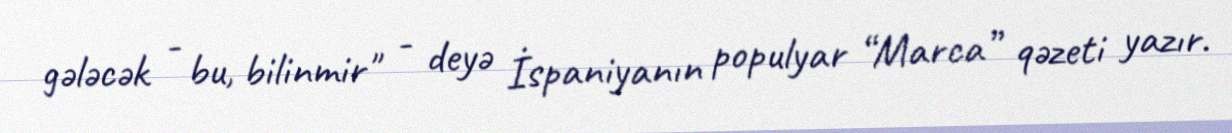
gələcək - bu, bilinmir" - deyə İspaniyanın populyar “Marca” qəzeti yazır.